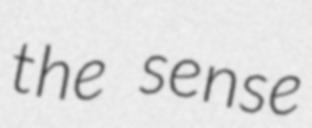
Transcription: the sense